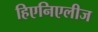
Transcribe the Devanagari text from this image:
हिएनिएलीज